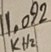
Text: 11.092KHz